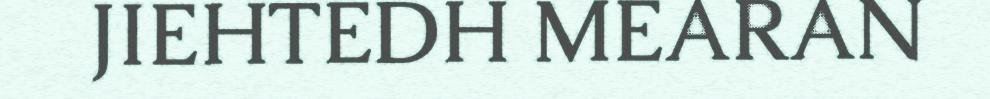
JIEHTEDH MEARAN